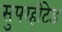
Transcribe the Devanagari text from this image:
सुपरहीटेड